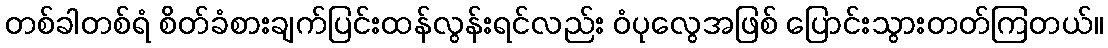
တစ်ခါတစ်ရံ စိတ်ခံစားချက်ပြင်းထန်လွန်းရင်လည်း ဝံပုလွေအဖြစ် ပြောင်းသွားတတ်ကြတယ်။